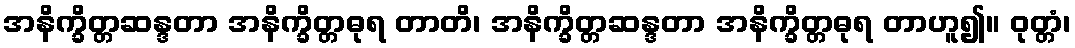
အနိက္ခိတ္တဆန္ဒတာ အနိက္ခိတ္တဓုရ တာတိ၊ အနိက္ခိတ္တဆန္ဒတာ အနိက္ခိတ္တဓုရ တာဟူ၍။ ဝုတ္တံ၊